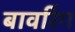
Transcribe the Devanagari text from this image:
बावरिंग